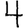
Digit: 4